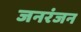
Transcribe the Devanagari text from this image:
जनरंजन